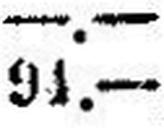
91.—